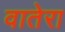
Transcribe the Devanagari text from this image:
वातेरा